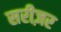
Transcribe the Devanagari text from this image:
सरीज़र